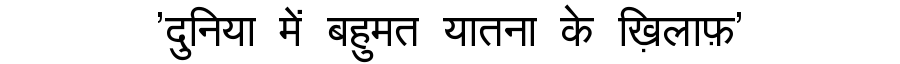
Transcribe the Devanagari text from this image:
'दुनिया में बहुमत यातना के ख़िलाफ़'